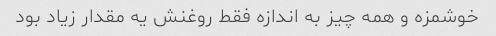
خوشمزه و همه چیز به اندازه فقط روغنش یه مقدار زیاد بود